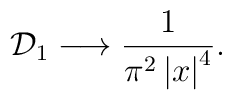
{\cal D}_1\longrightarrow\frac{1}{\pi^2\left|x\right|^4}.